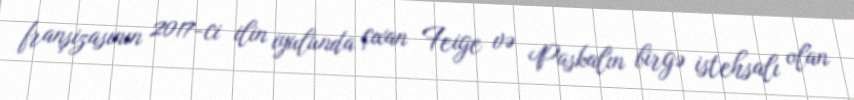
franşizasının 2017-ci ilin iyulunda çıxan Feige və Paskalın birgə istehsalı olan